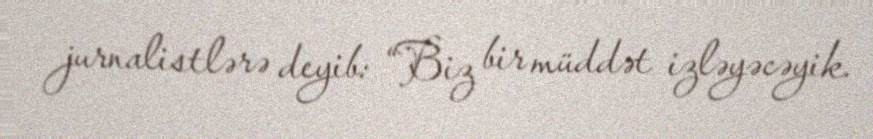
jurnalistlərə deyib: “Biz bir müddət izləyəcəyik.